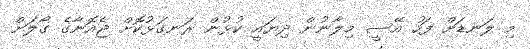
މި ލަނޑަށް ފަހު އޭސީ މިލާނުން ދިޔައީ ކުޅުން ރަނގަޅުކޮށް ޖެއޮނާގެ ގޯލަށް